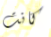
كانت